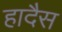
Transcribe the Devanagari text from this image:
हादैस